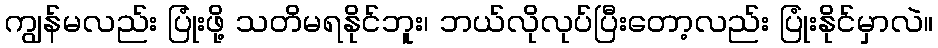
ကျွန်မလည်း ပြုံးဖို့ သတိမရနိုင်ဘူး၊ ဘယ်လိုလုပ်ပြီးတော့လည်း ပြုံးနိုင်မှာလဲ။